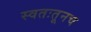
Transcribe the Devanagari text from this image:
स्वतःतूनच